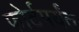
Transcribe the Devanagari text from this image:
फोर्टपर्यंत